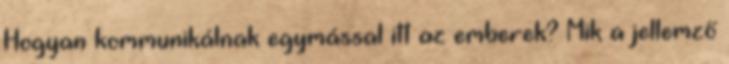
Hogyan kommunikálnak egymással itt az emberek? Mik a jellemző